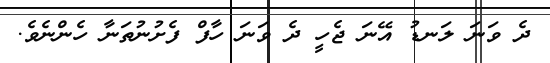
ދެ ވަނަ ލަނޑު އޭނަ ޖެހީ ދެ ވަނަ ހާފް ފެށުނުތަނާ ހެންނެވެ.